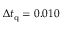
\Delta t _ { \mathrm { q } } = 0 . 0 1 0